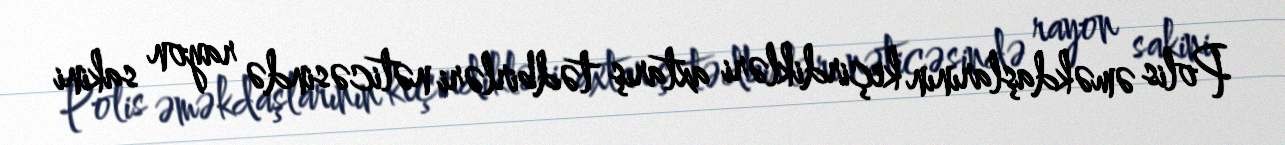
Polis əməkdaşlarının keçirdikləri axtarış tədbirləri nəticəsində rayon sakini